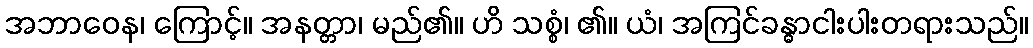
အဘာဝေန၊ ကြောင့်။ အနတ္တာ၊ မည်၏။ ဟိ သစ္စံ၊ ၏။ ယံ၊ အကြင်ခန္ဓာငါးပါးတရားသည်။